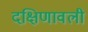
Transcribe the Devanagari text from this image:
दक्षिणावली